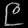
Digit: ၉